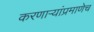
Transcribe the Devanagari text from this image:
करणार्‍यांप्रमाणेच